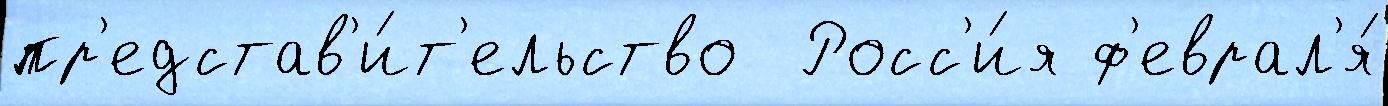
пр'едстав'и́т'ельство  Росс'и́я ф'еврал'я́